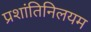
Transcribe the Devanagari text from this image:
प्रशांतिनिलयम